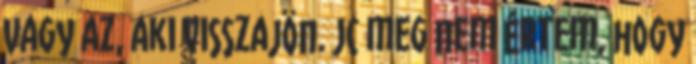
Vagy az, aki visszajön. JC meg nem értem, hogy